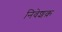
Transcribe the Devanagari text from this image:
निवेशक़